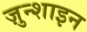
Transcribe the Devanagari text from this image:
ज़ुन्शाइन